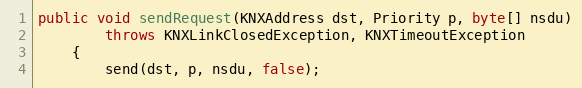
Language: Java
public void sendRequest(KNXAddress dst, Priority p, byte[] nsdu)
		throws KNXLinkClosedException, KNXTimeoutException
	{
		send(dst, p, nsdu, false);